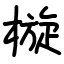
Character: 㯀